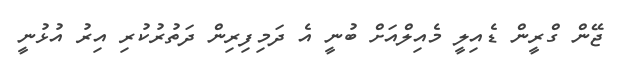
ޖޭން ގްރީން ޑެއިލީ މެއިލްއަށް ބުނީ އެ ދަމިފިރިން ދަތުރުކުރި އިރު އުޅުނީ